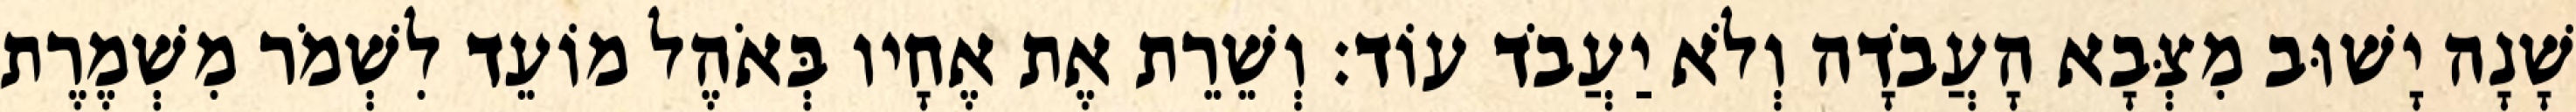
שָׁנָה יָשׁוּב מִצְּבָא הָעֲבֹדָה וְלֹא יַעֲבֹד עוֹד׃ וְשֵׁרֵת אֶת אֶחָיו בְּאֹהֶל מוֹעֵד לִשְׁמֹר מִשְׁמֶרֶת